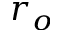
r _ { o }